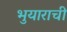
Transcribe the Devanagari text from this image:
भुयाराची